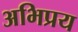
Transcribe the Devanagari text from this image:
अभिप्रय